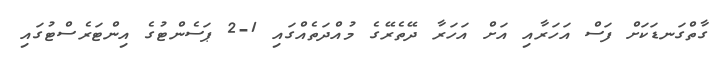
ގާތްގަނޑަކަށް ފަސް އަހަރާއި އަށް އަހަރާ ދޭތެރޭގެ މުއްދަތެއްގައި 1-2 ޕަސެންޓުގެ އިންޓަރެސްޓުގައި